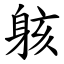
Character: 䠹